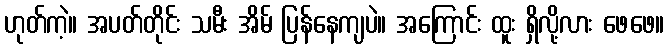
ဟုတ်ကဲ့။ အပတ်တိုင်း သမီး အိမ် ပြန်နေကျပဲ။ အကြောင်း ထူး ရှိလို့လား ဖေဖေ။